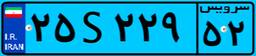
۱۹S۹۷۳۱۹